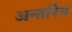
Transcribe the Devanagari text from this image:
अन्तर्रिम